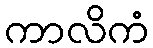
ကာလိကံ